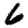
Digit: 6